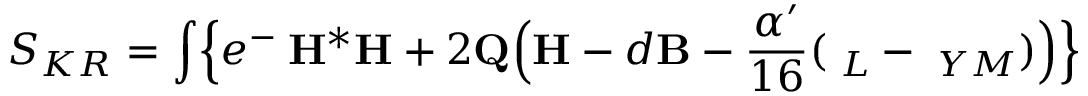
S _ { K R } = \int \Bigl \{ e ^ { - { \bf \Phi } } { \bf H } { ^ { * } { \bf H } } + 2 { \bf Q } \Bigl ( { \bf H } - d { \bf B } - \frac { \alpha ^ { \prime } } { 1 6 } ( { \bf \Omega } _ { L } - { \bf \Omega } _ { Y M } ) \Bigr ) \Bigr \}